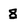
Character: 8